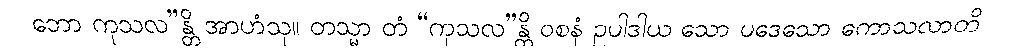
ဘော ကုသလ”န္တိ အာဟံသု။ တသ္မာ တံ “ကုသလ”န္တိ ဝစနံ ဥပါဒါယ သော ပဒေသော ကောသလာတိ